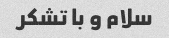
سلام و با تشکر